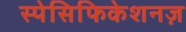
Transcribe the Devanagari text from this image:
स्पेसिफिकेशनज़